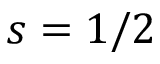
s = 1 / 2